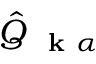
\hat { Q } _ { \mathrm { ~ \bf ~ k ~ } \alpha }